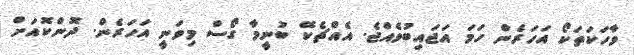
ވާހަކަތަކޯ އަހަރެން ހަމަ އަޖައިބުވެއްޖެ. އެއްޗެކޭ ބުނީމާ ގޯސް މިވަނީ އަހަރެން. ދޮންކޮއަށް